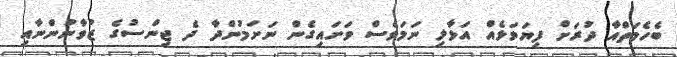
ބެހެމަތްއާ ދުރަށް ފިޔަވަޅެއް އަޅާލި ނަމަވެސް ވަށައިގެން ނަށަމުންދާ ދެ ޖިންސުގެ ޒުވާނުންނާއި